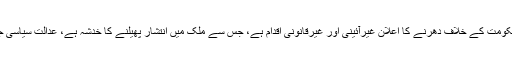
درخواست گزار کے وکیل نے دلائل دیئے کہ منتخب ہونے والی حکومت کے خلاف دھرنے کا اعلان غیرآئینی اور غیرقانونی اقدام ہے، جس سے ملک میں انتشار پھیلنے کا خدشہ ہے، عدالت سیاسی جماعتوں کو دھرنا دینے سے روکے اور حکم امتناعی جاری کرے۔